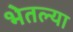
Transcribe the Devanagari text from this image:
भेतल्या